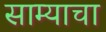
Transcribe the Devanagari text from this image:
साम्याचा